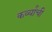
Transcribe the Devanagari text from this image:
कर्व्यांची